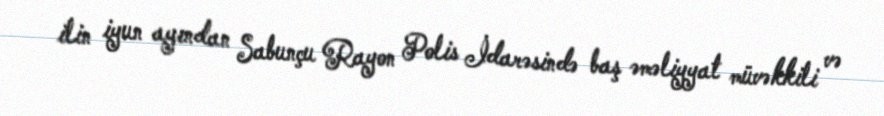
ilin iyun ayından Sabunçu Rayon Polis İdarəsində baş əməliyyat müvəkkili və